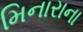
મિનારાના